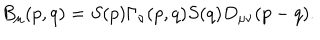
LaTeX: B _ { \mu } ( p , q ) = S ( p ) \Gamma _ { \nu } ( p , q ) S ( q ) D _ { \mu \nu } ( p - q ) .